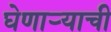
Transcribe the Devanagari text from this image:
घेणाऱ्याची